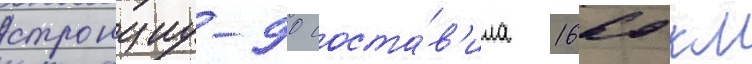
стронциу-90 соста́в'ила 1660 км